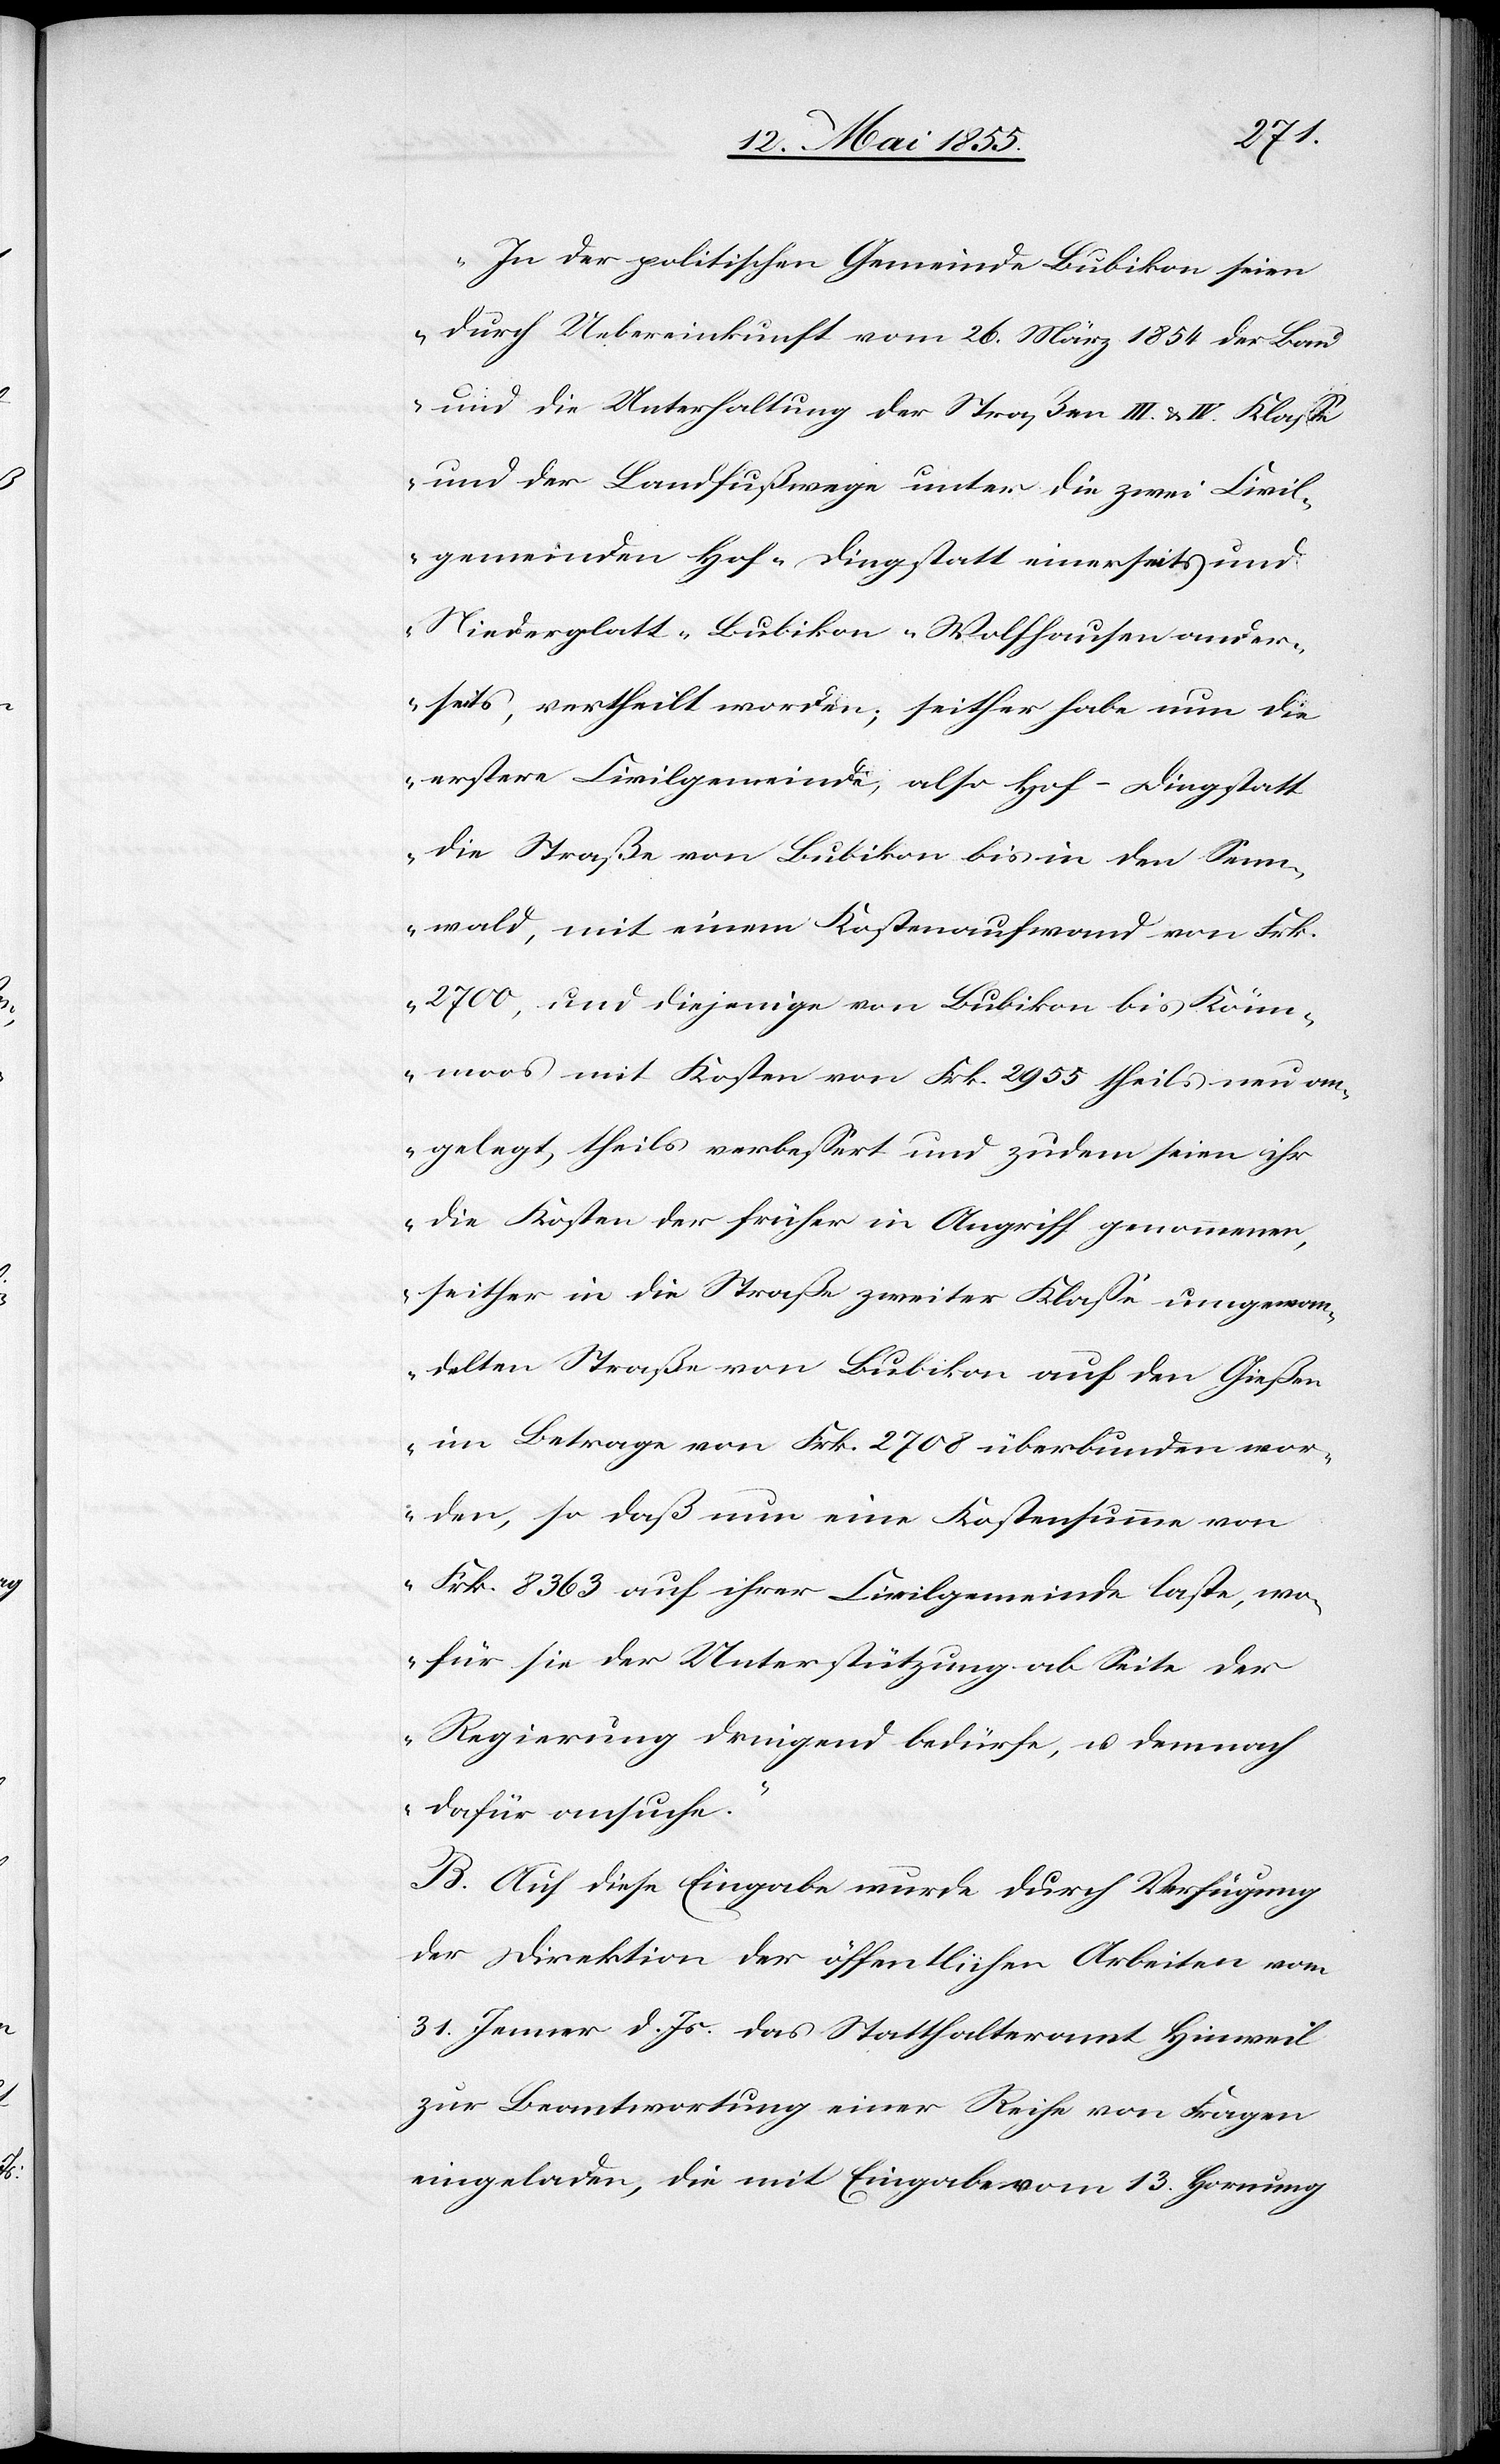
„In der politischen Gemeinde Bubikon seien
durch Uebereinkunft vom 26. März 1854 der Bau
und die Unterhaltung der Straßen III. & IV. Klasse
und der Landfußwege unter die zwei Civil¬
gemeinden Hof-Dingstatt einerseits und
Niederglatt-Bubikon-Wolfhausen ander¬
seits, vertheilt worden; seither habe nun die
erstere Civilgemeinde, also Hof-Dingstatt
die Straße von Bubikon bis in den Senn¬
wald, mit einem Kostenaufwand von Frk.
2700, und diejenige von Bubikon bis Käm¬
moos mit Kosten von Frk. 2955 theils neu an¬
gelegt, theils verbessert und zudem seien ihr
die Kosten der früher in Angriff genommenen,
seither in die Straße zweiter Klasse umgewan¬
delten Straße von Bubikon auf den Gießen
im Betrage von Frk. 2708 überbunden wor¬
den, so daß nun eine Kostensumme von
Frk. 8363 auf ihrer Civilgemeinde laste, wo¬
für sie der Unterstützung ab Seite der
Regierung dringend bedürfe, u. demnach
dafür ansuche.“
B. Auf diese Eingabe wurde durch Verfügung
der Direktion der öffentlichen Arbeiten vom
31. Jenner d. Js. das Statthalteramt Hinweil
zur Beantwortung einer Reihe von Fragen
eingeladen, die mit Eingabe vom 13. Hornung